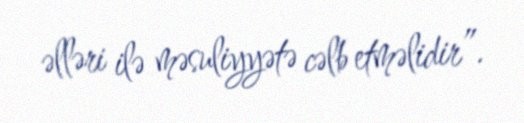
əlləri ilə məsuliyyətə cəlb etməlidir”.